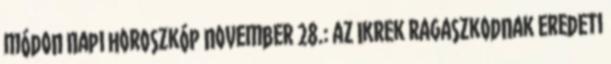
módon Napi horoszkóp november 28.: az Ikrek ragaszkodnak eredeti